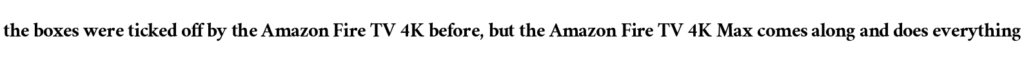
the boxes were ticked off by the Amazon Fire TV 4K before, but the Amazon Fire TV 4K Max comes along and does everything